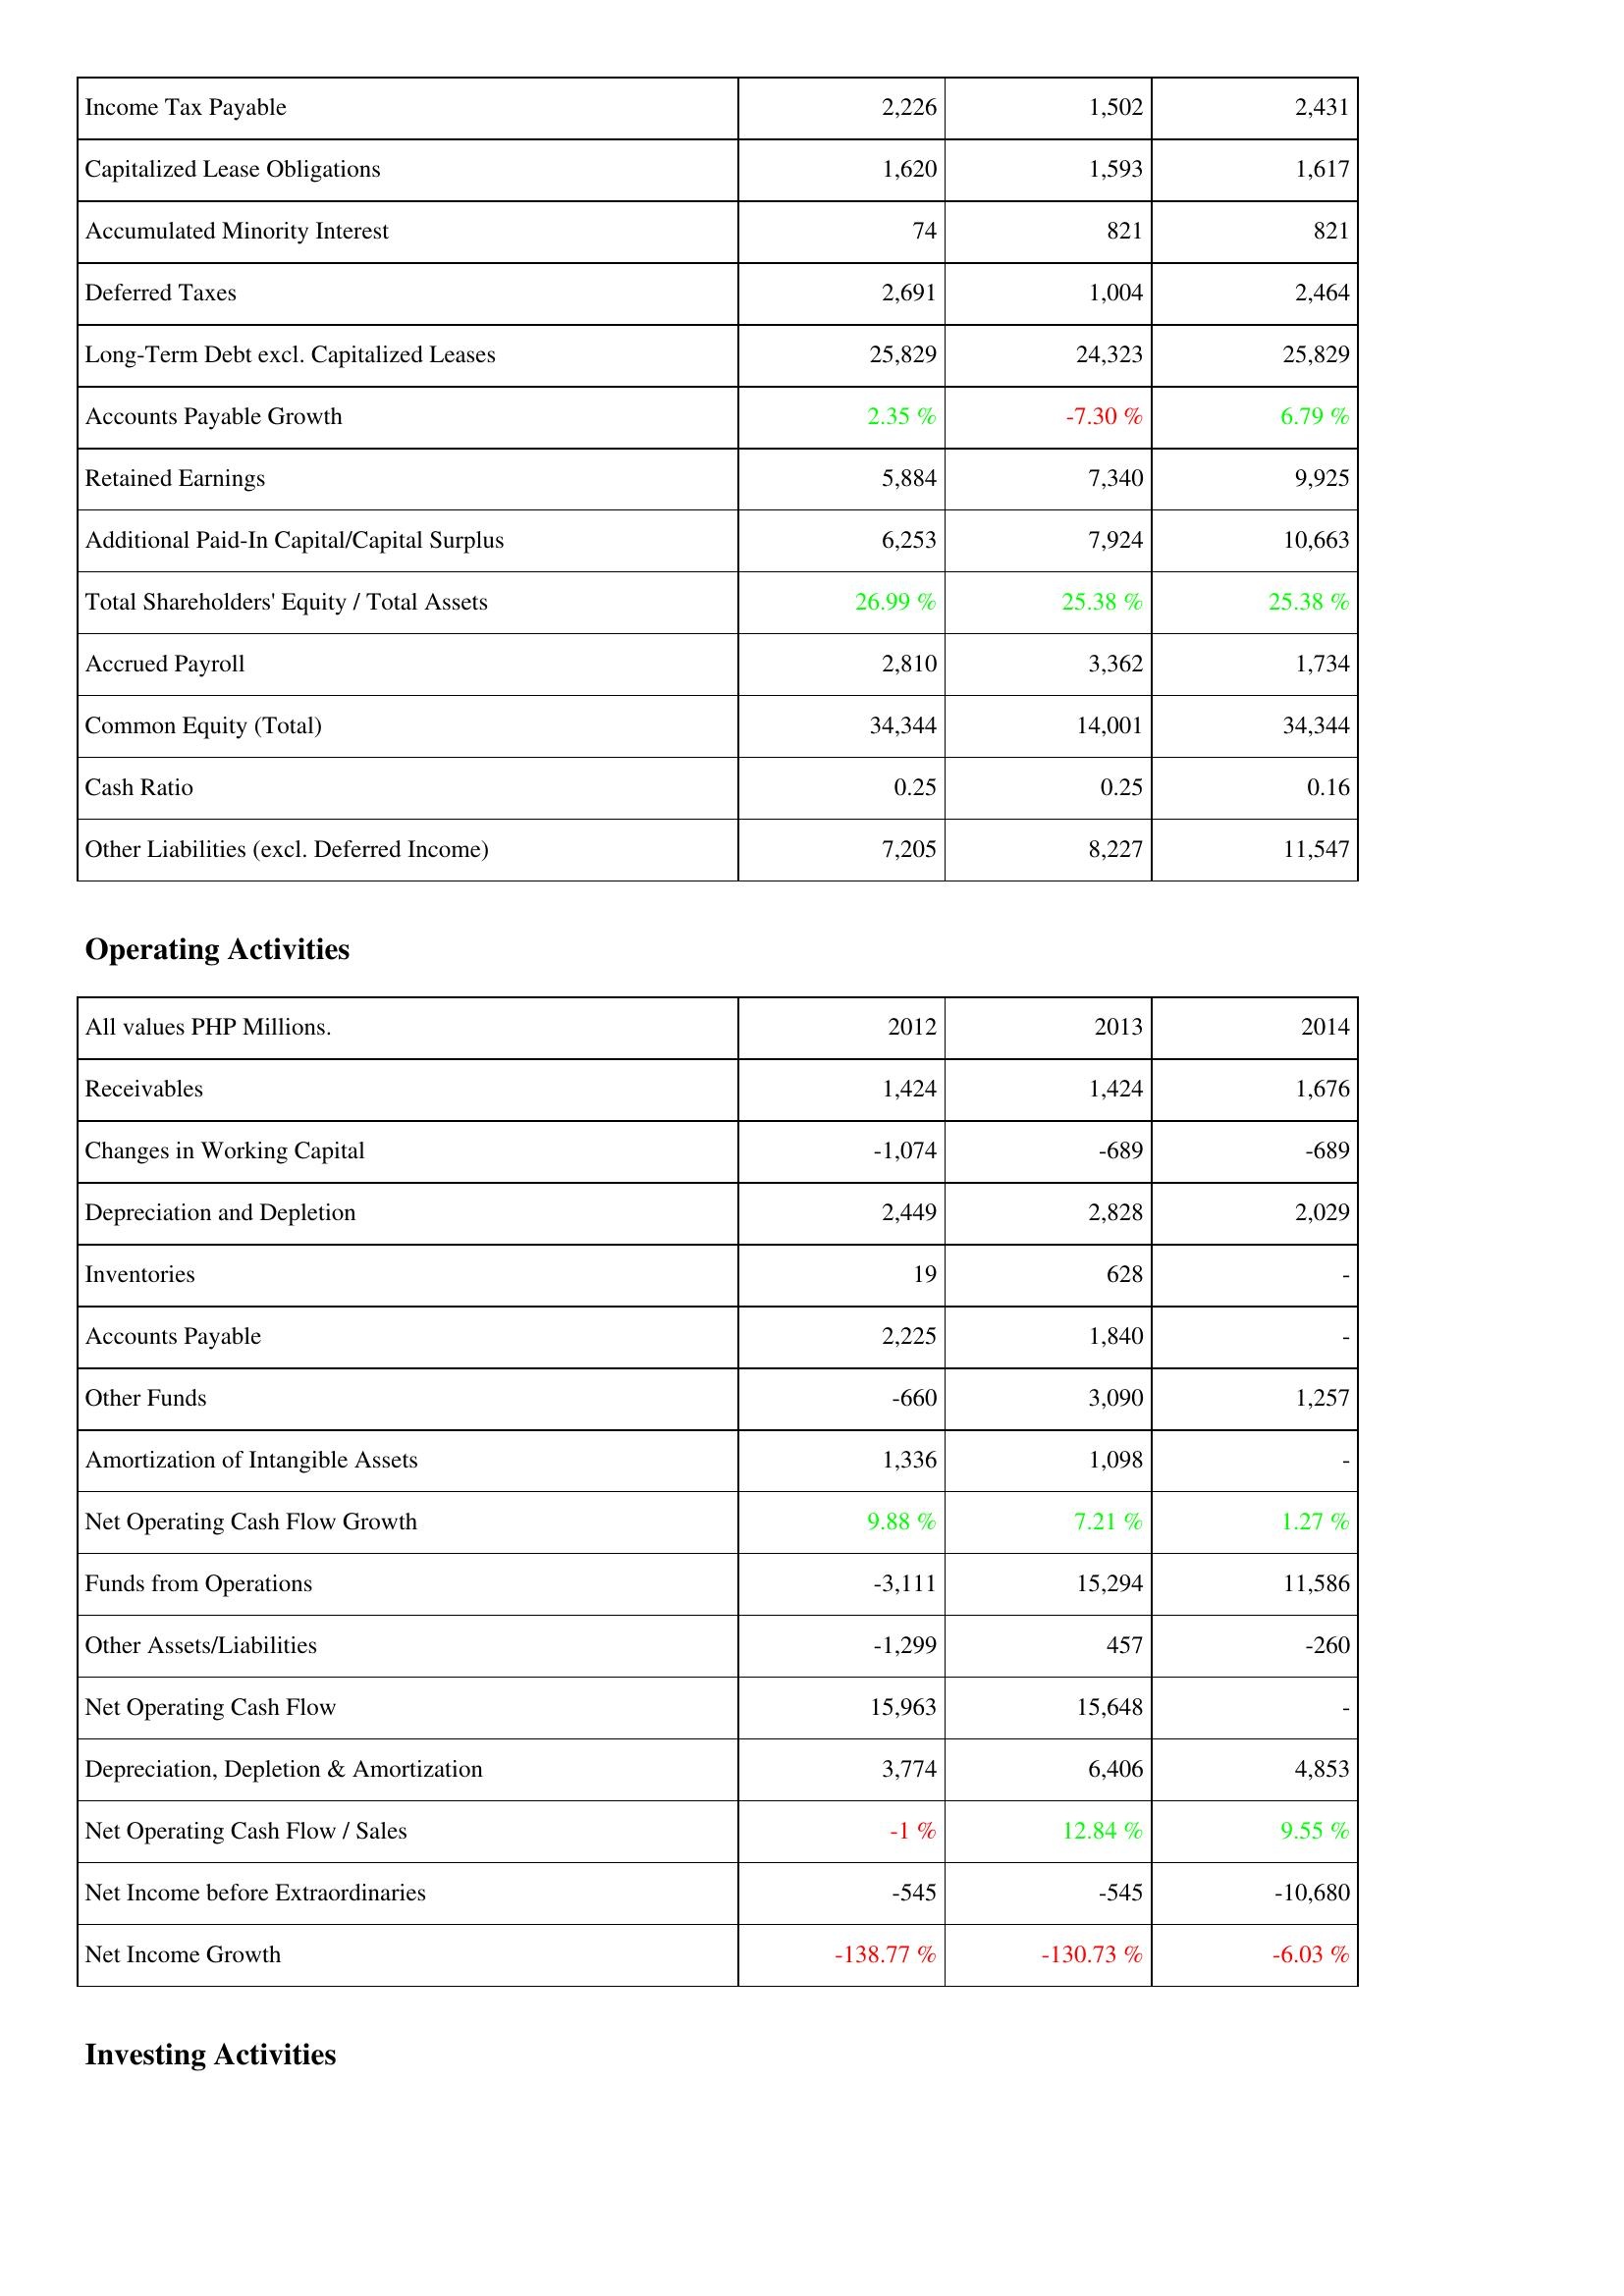
2012: Liabilities & Shareholders' Equity: Income Tax Payable: 2,226
Capitalized Lease Obligations: 1,620
Accumulated Minority Interest: 74
Deferred Taxes: 2,691
Long-Term Debt excl. Capitalized Leases: 25,829
Accounts Payable Growth: 2.35 %
Retained Earnings: 5,884
Additional Paid-In Capital/Capital Surplus: 6,253
Total Shareholders' Equity / Total Assets: 26.99 %
Accrued Payroll: 2,810
Common Equity (Total): 34,344
Cash Ratio: 0.25
Other Liabilities (excl. Deferred Income): 7,205
Operating Activities: Receivables: 1,424
Changes in Working Capital: -1,074
Depreciation and Depletion: 2,449
Inventories: 19
Accounts Payable: 2,225
Other Funds: -660
Amortization of Intangible Assets: 1,336
Net Operating Cash Flow Growth: 9.88 %
Funds from Operations: -3,111
Other Assets/Liabilities: -1,299
Net Operating Cash Flow: 15,963
Depreciation, Depletion & Amortization: 3,774
Net Operating Cash Flow / Sales: -1 %
Net Income before Extraordinaries: -545
Net Income Growth: -138.77 %
2013: Liabilities & Shareholders' Equity: Income Tax Payable: 1,502
Capitalized Lease Obligations: 1,593
Accumulated Minority Interest: 821
Deferred Taxes: 1,004
Long-Term Debt excl. Capitalized Leases: 24,323
Accounts Payable Growth: -7.30 %
Retained Earnings: 7,340
Additional Paid-In Capital/Capital Surplus: 7,924
Total Shareholders' Equity / Total Assets: 25.38 %
Accrued Payroll: 3,362
Common Equity (Total): 14,001
Cash Ratio: 0.25
Other Liabilities (excl. Deferred Income): 8,227
Operating Activities: Receivables: 1,424
Changes in Working Capital: -689
Depreciation and Depletion: 2,828
Inventories: 628
Accounts Payable: 1,840
Other Funds: 3,090
Amortization of Intangible Assets: 1,098
Net Operating Cash Flow Growth: 7.21 %
Funds from Operations: 15,294
Other Assets/Liabilities: 457
Net Operating Cash Flow: 15,648
Depreciation, Depletion & Amortization: 6,406
Net Operating Cash Flow / Sales: 12.84 %
Net Income before Extraordinaries: -545
Net Income Growth: -130.73 %
2014: Liabilities & Shareholders' Equity: Income Tax Payable: 2,431
Capitalized Lease Obligations: 1,617
Accumulated Minority Interest: 821
Deferred Taxes: 2,464
Long-Term Debt excl. Capitalized Leases: 25,829
Accounts Payable Growth: 6.79 %
Retained Earnings: 9,925
Additional Paid-In Capital/Capital Surplus: 10,663
Total Shareholders' Equity / Total Assets: 25.38 %
Accrued Payroll: 1,734
Common Equity (Total): 34,344
Cash Ratio: 0.16
Other Liabilities (excl. Deferred Income): 11,547
Operating Activities: Receivables: 1,676
Changes in Working Capital: -689
Depreciation and Depletion: 2,029
Inventories: -
Accounts Payable: -
Other Funds: 1,257
Amortization of Intangible Assets: -
Net Operating Cash Flow Growth: 1.27 %
Funds from Operations: 11,586
Other Assets/Liabilities: -260
Net Operating Cash Flow: -
Depreciation, Depletion & Amortization: 4,853
Net Operating Cash Flow / Sales: 9.55 %
Net Income before Extraordinaries: -10,680
Net Income Growth: -6.03 %